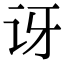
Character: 讶